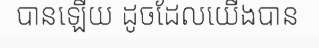
បានឡើយ ដូចដែលយើងបាន